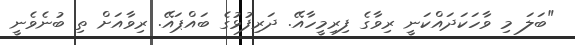
"ބަލަ މި ވާހަކަދައްކަނީ ރިވާގެ ފިރިމީހާއޭ. ދަރިފުޅުގެ ބައްޕައޭ. ރިވާއަށް ތި ބުނެވެނީ